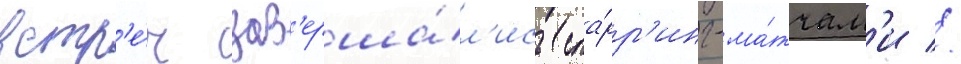
встр'е́ч зав'ерша́л'ись спа́рр'инг-ма́тчам'и //